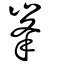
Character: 峯